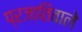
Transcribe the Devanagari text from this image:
प्रजातिवाले